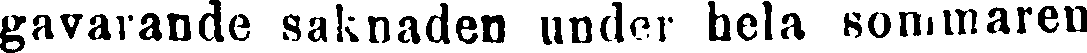
gavavande saknaden under hela sommaren